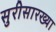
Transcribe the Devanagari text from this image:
सुरीसारख्या